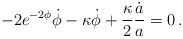
LaTeX: \begin{align*}-2e^{-2\phi}\dot \phi -\kappa\dot \phi +\frac{\kappa}{2}\frac{\dot a}{a} = 0\,.\end{align*}